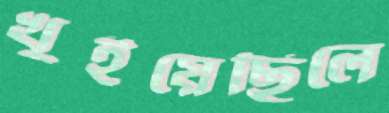
খুইয়েছিলে